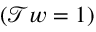
( \mathcal { T } w = 1 )